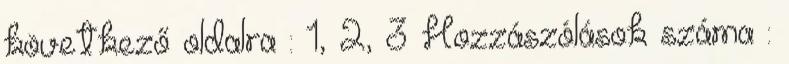
következő oldalra : 1, 2, 3 Hozzászólások száma :